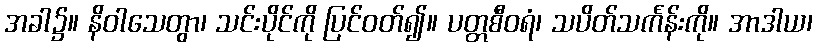
အခါ၌။ နိဝါသေတွာ၊ သင်းပိုင်ကို ပြင်ဝတ်၍။ ပတ္တစီဝရံ၊ သပိတ်သင်္ကန်းကို။ အာဒါယ၊